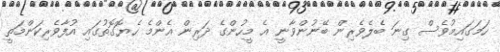
ހަމަގައިމުވެސް ގިނަ ބެލެވެރިން ބޭނުންވާނީ އެ މީހުންގެ ދަރިން އެންމެ ހެޔޮގޮތުގައި އުފާވެރިކަންމަތީ